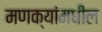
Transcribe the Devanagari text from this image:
मणक्‍यांमधील